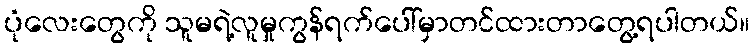
ပုံလေးတွေကို သူမရဲ့လူမှုကွန်ရက်ပေါ်မှာတင်ထားတာတွေ့ရပါတယ်။